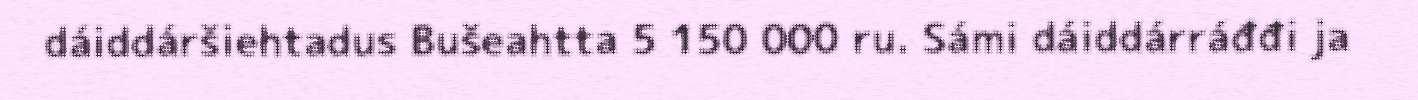
dáiddáršiehtadus Bušeahtta 5 150 000 ru. Sámi dáiddárráđđi ja